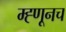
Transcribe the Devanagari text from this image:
म्ह्णूनच